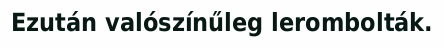
Ezután valószínűleg lerombolták.